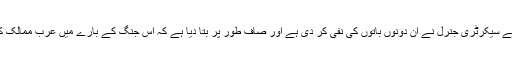
لیکن عرب لیگ کے سیکرٹری جنرل نے ان دونوں باتوں کی نفی کر دی ہے اور صاف طور پر بتا دیا ہے کہ اس جنگ کے بارے میں عرب ممالک کا موقف ایک نہیں۔